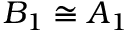
B _ { 1 } \cong A _ { 1 }